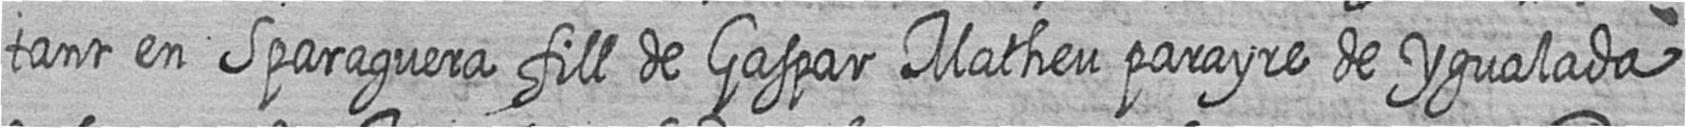
tant en Sparaguera fill de Gaspar Matheu parayre de Ygualada